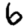
Digit: 6